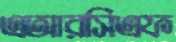
এআরসিএফ